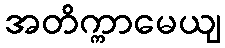
အတိက္ကာမေယျ